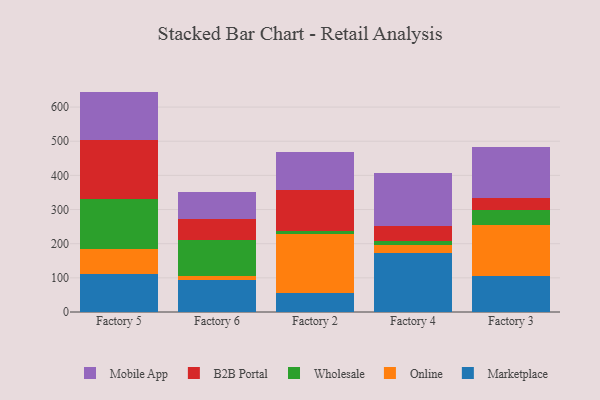
{"axis": {"x": "Factory", "y": "Backlog"}, "legend": ["B2B Portal", "Marketplace", "Mobile App", "Online", "Wholesale"], "data": [{"x": "Factory 5", "y": 111.2, "type": "Marketplace"}, {"x": "Factory 5", "y": 72.0, "type": "Online"}, {"x": "Factory 5", "y": 147.2, "type": "Wholesale"}, {"x": "Factory 5", "y": 173.6, "type": "B2B Portal"}, {"x": "Factory 5", "y": 141.3, "type": "Mobile App"}, {"x": "Factory 6", "y": 94.8, "type": "Marketplace"}, {"x": "Factory 6", "y": 11.9, "type": "Online"}, {"x": "Factory 6", "y": 103.8, "type": "Wholesale"}, {"x": "Factory 6", "y": 61.4, "type": "B2B Portal"}, {"x": "Factory 6", "y": 79.5, "type": "Mobile App"}, {"x": "Factory 2", "y": 55.6, "type": "Marketplace"}, {"x": "Factory 2", "y": 171.7, "type": "Online"}, {"x": "Factory 2", "y": 11.3, "type": "Wholesale"}, {"x": "Factory 2", "y": 117.3, "type": "B2B Portal"}, {"x": "Factory 2", "y": 111.4, "type": "Mobile App"}, {"x": "Factory 4", "y": 171.3, "type": "Marketplace"}, {"x": "Factory 4", "y": 24.9, "type": "Online"}, {"x": "Factory 4", "y": 10.4, "type": "Wholesale"}, {"x": "Factory 4", "y": 44.4, "type": "B2B Portal"}, {"x": "Factory 4", "y": 155.2, "type": "Mobile App"}, {"x": "Factory 3", "y": 105.8, "type": "Marketplace"}, {"x": "Factory 3", "y": 147.5, "type": "Online"}, {"x": "Factory 3", "y": 45.6, "type": "Wholesale"}, {"x": "Factory 3", "y": 35.0, "type": "B2B Portal"}, {"x": "Factory 3", "y": 149.8, "type": "Mobile App"}]}